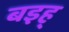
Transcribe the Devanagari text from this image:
बइह्‌